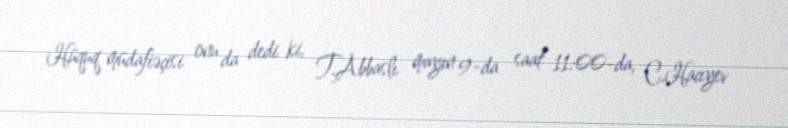
Hüquq müdafiəçisi onu da dedi ki, T.Abbaslı mayın 9-da saat 11:00-da, C.Hacıyev